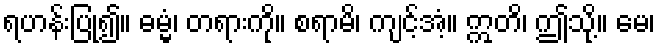
ရဟန်းပြု၍။ ဓမ္မံ၊ တရားကို။ စရာမိ၊ ကျင့်အံ့။ ဣတိ၊ ဤသို့။ မေ၊